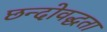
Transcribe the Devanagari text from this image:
छन्दोवद्धता